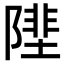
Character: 𨻼